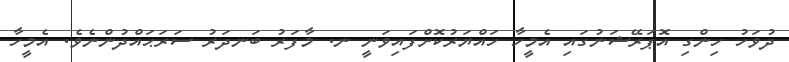
ދުވަހު ހިންގި އޮޕަރޭޝަނުގައި އެމީހާ ހައްޔަރުކޮށްފައިވަނީ ނ. މާފަރު ބަނދަރު ސަރަޙައްދުންނެވެ. އެމީހާ